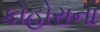
કોહોરાના